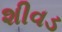
શીવડ